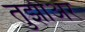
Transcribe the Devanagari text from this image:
तुझीअर